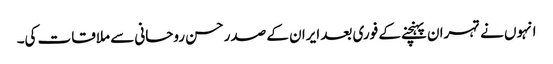
انہوں نے تہران پہنچنے کے فوری بعد ایران کے صدر حسن روحانی سے ملاقات کی۔